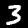
Label: 3